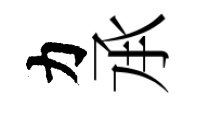
力𠄘